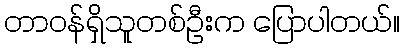
တာဝန်ရှိသူတစ်ဦးက ပြောပါတယ်။